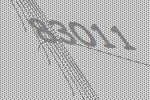
83011